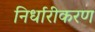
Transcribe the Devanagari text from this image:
निर्धारीकरण